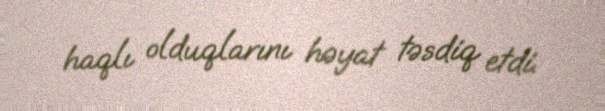
haqlı olduqlarını həyat təsdiq etdi.